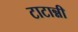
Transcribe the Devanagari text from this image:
टाटान्नी